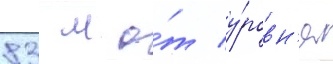
83 м о́т у́ровн'я